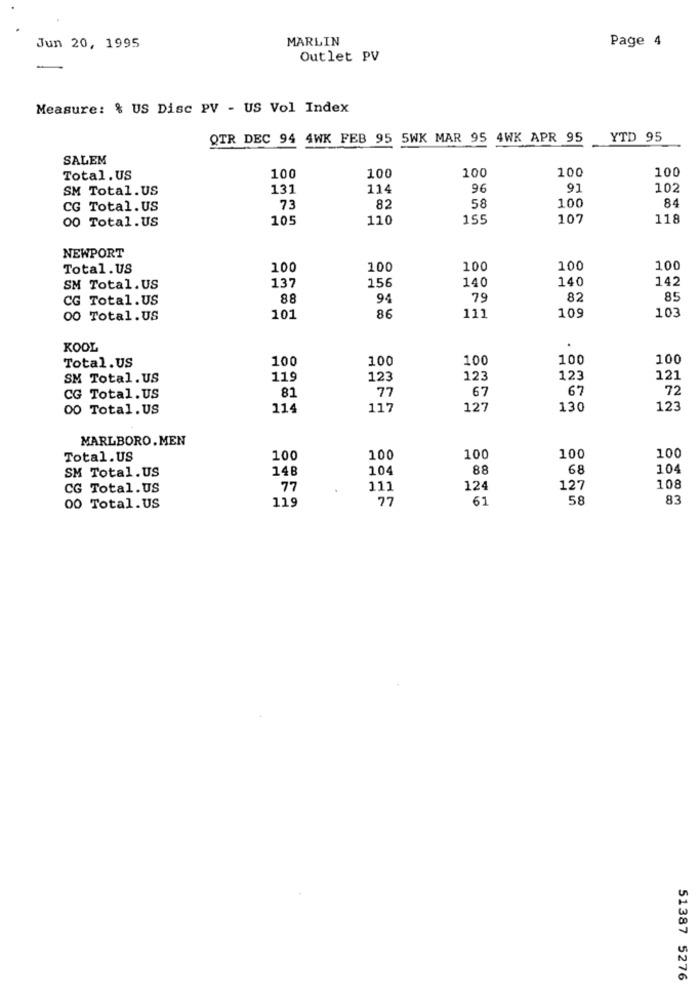
MARLIN
Page 4
Jun 20, 1995
Outlet PV
Measure: % US Disc PV - US Vol Index
QTR DEC 94 4WK FEB 95 5WK MAR 95 4WK APR 95
YTD 95
SALEM
100
100
100
Total. US
100
100
SM Total.US
131
114
96
91
102
58
CG Total.US
73
82
100
84
00 Total.US
105
110
155
107
118
NEWPORT
Total.US
100
100
100
100
100
137
156
140
140
142
SM Total.US
CG Total.US
88
94
79
82
85
103
00 Total.US
101
86
111
109
KOOL
.
100
100
100
100
100
Total.US
SM Total. US
119
123
123
123
121
81
77
67
67
72
CG Total.US
00 Total.US
114
117
127
130
123
MARLBORO.MEN
100
Total.US
100
100
100
100
SM Total.US
14B
104
88
68
104
CG Total.US
77
111
124
127
108
119
77
61
58
83
00 Total.US
51387 5276